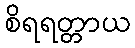
စိရရတ္တာယ